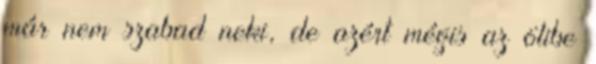
már nem szabad neki, de azért mégis az ölibe